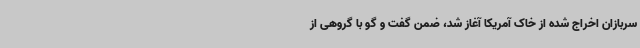
سربازان اخراج شده از خاک آمریکا آغاز شد، ضمن گفت و گو با گروهی از